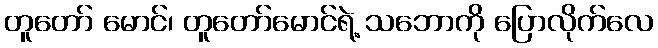
တူတော် မောင်၊ တူတော်မောင်ရဲ့ သဘောကို ပြောလိုက်လေ